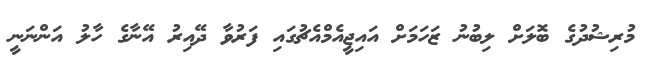
މުރިޝުދުގެ ބޮލަށް ލިބުނު ޒަހަމަށް އައިޖީއެމްއެޗުގައި ފަރުވާ ދޭއިރު އޭނާގެ ހާލު އަންނަނީ